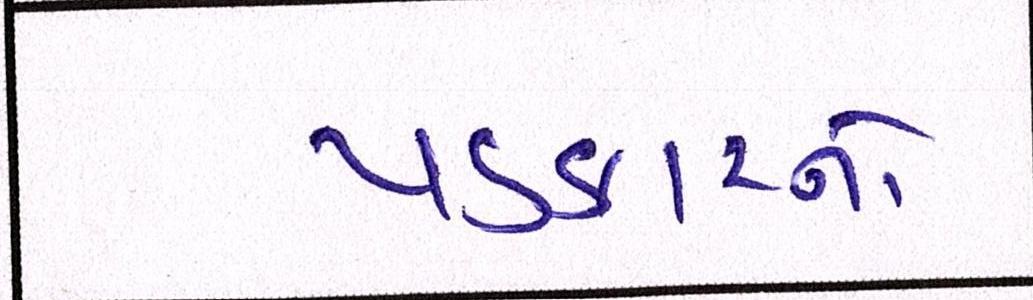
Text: પડકારનો